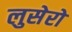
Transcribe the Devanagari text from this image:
लुसेरो